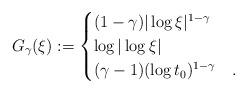
LaTeX: \begin{align*}G_\gamma(\xi ) := \begin{cases}(1-\gamma) |\log \xi |^{1-\gamma} & \\\log|\log \xi | & \\(\gamma-1) (\log t_0)^{1-\gamma}& .\end{cases}\end{align*}